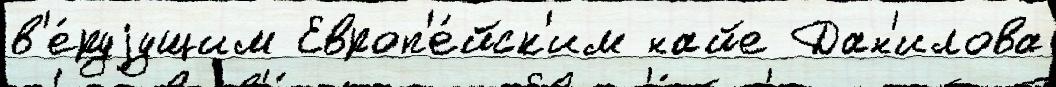
в'е́руjущим Европ'е́йск'им найе Дан'илова